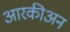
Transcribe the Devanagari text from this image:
आरकीअन